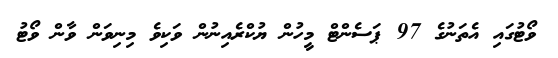
ވޯޓުގައި އެތަނުގެ 97 ޕަސެންޓް މީހުން ޔުކްރެއިނުން ވަކިވެ މިނިވަން ވާން ވޯޓު